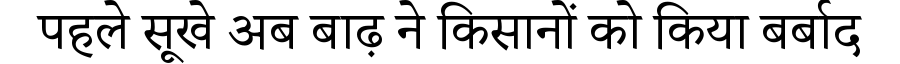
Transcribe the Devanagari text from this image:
पहले सूखे अब बाढ़ ने किसानों को किया बर्बाद